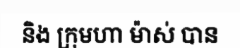
និង ក្រុមហា ម៉ាស់ បាន